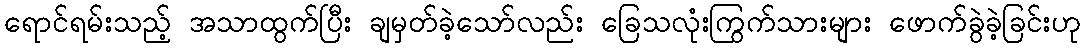
ရောင်ရမ်းသည့် အသာထွက်ပြီး ချမှတ်ခဲ့သော်လည်း ခြေသလုံးကြွက်သားများ ဖောက်ခွဲခဲ့ခြင်းဟု